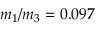
m _ { 1 } / m _ { 3 } = 0 . 0 9 7